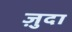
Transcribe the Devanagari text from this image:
ज़ुदा